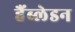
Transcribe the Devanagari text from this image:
हैंब्लेडन